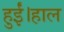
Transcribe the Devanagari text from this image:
हुईं।हाल